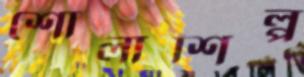
শোলাশিল্প